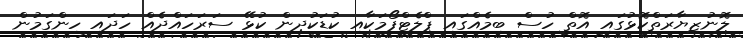
ލޮނުޒިޔާރަތްކޮޅުގައި އޮތް ހުސް ބިމެއްގައި ޕްލެޓްފޯމަކާއި ކުޑަކުދިން ކުޅޭ ސަރަހައްދެއް ހަދައި ހިންގަމުން